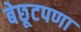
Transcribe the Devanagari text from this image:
बेछूटपणा